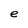
Character: e